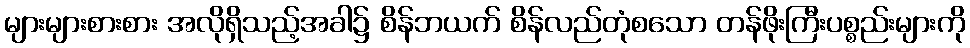
များများစားစား အလိုရှိသည့်အခါ၌ စိန်ဘယက် စိန်လည်တုံစသော တန်ဖိုးကြီးပစ္စည်းများကို